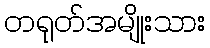
တရုတ်အမျိုးသား